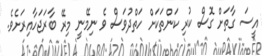
އީސަ ގާތަށް ގޮސް ކުރި ކަންތަކަށް ހަތްދުވަސް ވެ ނިމޭނީ މިރޭ ބާރަޖަހާއިރަށެވެ.